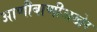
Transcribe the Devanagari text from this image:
आणीबाणीअखेर